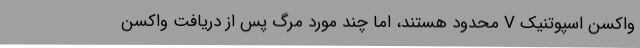
واکسن اسپوتنیک V محدود هستند، اما چند مورد مرگ پس از دریافت واکسن